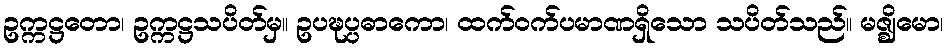
ဥက္ကဋ္ဌတော၊ ဥက္ကဋ္ဌသပိတ်မှ။ ဥပဍ္ဎပ္ပဓာကော၊ ထက်ဝက်ပမာဏရှိသော သပိတ်သည်။ မဇ္ဈိမော၊